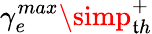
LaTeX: \gamma_{e}^{max}\simp_{\mathfrak{t}h}^{+}